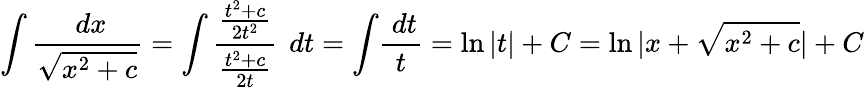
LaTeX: \int{\frac{\ dx}{\sqrt{x^{2}+c}}}=\int{\frac{\frac{t^{2}+c}{2t^{2}}}{\frac{t^{2}+c}{2t}}}\, \ dt=\int\! {\frac{\ dt}{t}}=\ln|t|+C=\ln|x+{\sqrt{x^{2}+c}}|+C